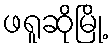
ဖရူဆိုမြို့